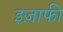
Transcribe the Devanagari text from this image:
इज़ाफी